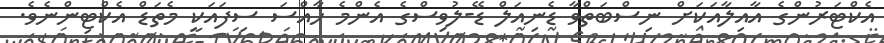
އެކްޓަރުންގެ އާއިލާއަކަށް ނިސްބަތްވާ ޑެނިއަލް ޑޭ-ލުވިސްގެ އެންމެ ހާއްސަ ސިފައަކީ މެތަޑް އެކްޓިންނެވެ.